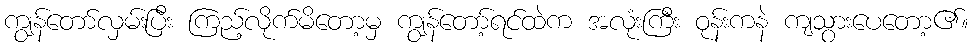
ကျွန်တော်လှမ်းပြီး ကြည့်လိုက်မိတော့မှ ကျွန်တော့်ရင်ထဲက အလုံးကြီး ဝုန်းကနဲ ကျသွားပေတော့၏။